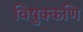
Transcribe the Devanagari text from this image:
विषुक्कणि